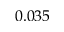
0 . 0 3 5